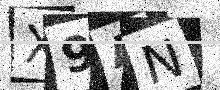
Text: X9AN